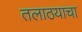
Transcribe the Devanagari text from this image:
तलाठयाचा